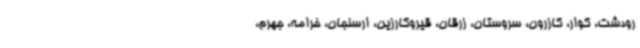
رودشت، کوار، کازرون، سروستان، زرقان، قیروکارزین، ارسنجان، خرامه، جهرم،